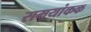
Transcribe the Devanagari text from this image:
समयांकक